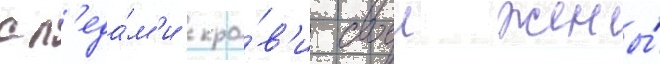
сл'еда́м'и кро́в'и своеи жены́